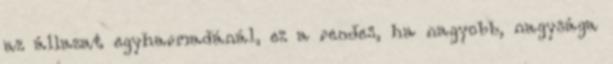
az állazat egyharmadánál, ez a rendes, ha nagyobb, nagysága